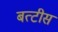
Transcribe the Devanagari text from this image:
बत्टीस